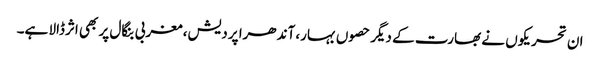
ان تحریکوں نے بھارت کے دیگر حصوں بہار، آندھرا پردیش، مغربی بنگال پر بھی اثرڈالا ہے۔